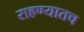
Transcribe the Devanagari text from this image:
राहण्यातच